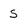
Character: S